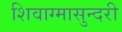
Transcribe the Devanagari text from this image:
शिवाग्मासुन्दरी